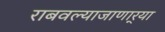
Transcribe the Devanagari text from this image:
राबवल्याजाणार्‍या